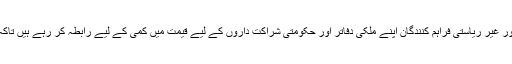
بڑی ایجنسیاں جیسا کہ یو این ایف پی اے اور امریکی ادارہ بین الاقوامی ترقیات (یو ایس ایڈ)، اور غیر ریاستی فراہم کنندگان اپنے ملکی دفاتر اور حکومتی شراکت داروں کے لیے قیمت میں کمی کے لیے رابطہ کر رہے ہیں تاکہ نئی قیمت کو ملک کے مانع حمل طریقوں کی فراہمی کے منصوبوں میں نمایاں کیا جا سکے۔